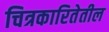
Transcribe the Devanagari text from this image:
चित्रकारितेतील